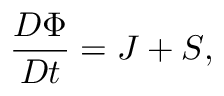
\frac { D \Phi } { D t } = J + S ,